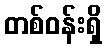
တစ်ဝန်းရှိ